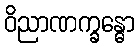
ဝိညာဏက္ခန္ဓော